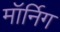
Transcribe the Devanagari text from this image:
मॉर्निग